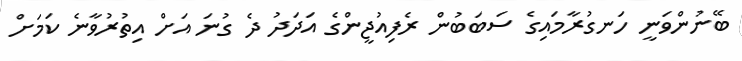
ބޭނުންވަނީ ހަނގުރާމައިގެ ސަބަބުން ރެފިއުޖީންގެ އަދަދު ދެ ގުނަ އަށް އިތުރުވާނެ ކަމަށް